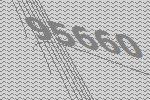
95660